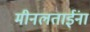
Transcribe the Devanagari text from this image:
मीनलताईंना